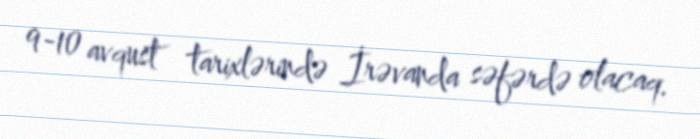
9-10 avqust tarixlərində İrəvanda səfərdə olacaq.